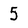
Character: 5